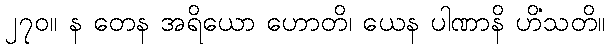
၂၇၀။ န တေန အရိယော ဟောတိ၊ ယေန ပါဏာနိ ဟိံသတိ။